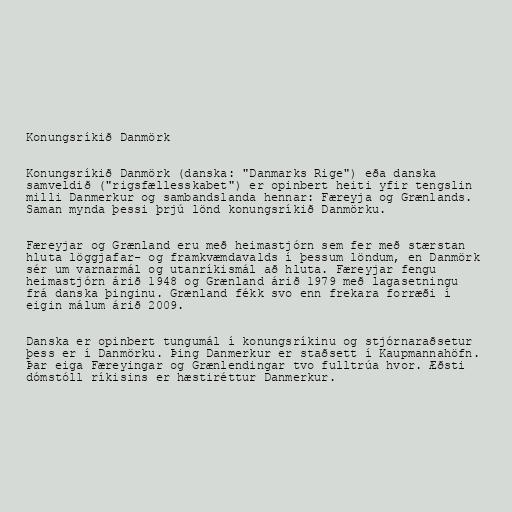
Konungsríkið Danmörk

Konungsríkið Danmörk (danska: "Danmarks Rige") eða danska
samveldið ("rigsfællesskabet") er opinbert heiti yfir tengslin
milli Danmerkur og sambandslanda hennar: Færeyja og Grænlands.
Saman mynda þessi þrjú lönd konungsríkið Danmörku.

Færeyjar og Grænland eru með heimastjórn sem fer með stærstan
hluta löggjafar- og framkvæmdavalds í þessum löndum, en Danmörk
sér um varnarmál og utanríkismál að hluta. Færeyjar fengu
heimastjórn árið 1948 og Grænland árið 1979 með lagasetningu
frá danska þinginu. Grænland fékk svo enn frekara forræði í
eigin málum árið 2009.

Danska er opinbert tungumál í konungsríkinu og stjórnaraðsetur
þess er í Danmörku. Þing Danmerkur er staðsett í Kaupmannahöfn.
Þar eiga Færeyingar og Grænlendingar tvo fulltrúa hvor. Æðsti
dómstóll ríkisins er hæstiréttur Danmerkur.